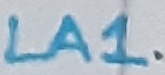
Text: LA1